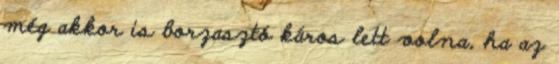
még akkor is borzasztó káros lett volna, ha az